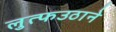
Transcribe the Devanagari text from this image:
लुत्फउठाने